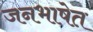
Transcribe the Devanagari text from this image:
जनभाषेत